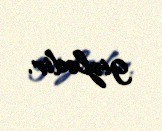
gizlədir.